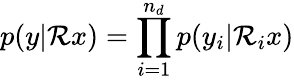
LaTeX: p(y|\mathcal{R}x)=\prod_{i=1}^{n_{d}}p(y_{i}|\mathcal{R}_{i}x)